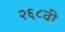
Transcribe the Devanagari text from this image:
२६८वी